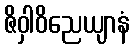
ဇိဝှါဝိညေယျာနံ